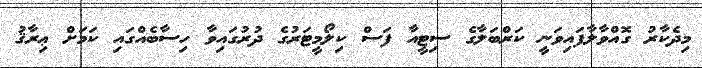
މިދެކާރު ގޮއްވާލާފައިވަނީ ކަރްބަލާގެ ސިޓީއާ ފަސް ކިލޯމީޓަރުގެ ދުރުގައިވާ ހިސާބެއްގައި ކަމަށް ޢިރާޤު